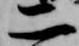
二